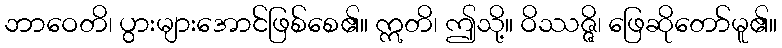
ဘာဝေတိ၊ ပွားများအောင်ဖြစ်စေ၏။ ဣတိ၊ ဤသို့။ ဝိဿဇ္ဇိ၊ ဖြေဆိုတော်မူ၏။